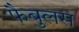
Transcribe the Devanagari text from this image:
फैबुलस